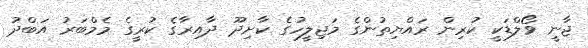
ޖާނީ ވޯލްޑަކީ ކުރިން ރައްޔިތުންގެ މަޖިލީހުގެ ކާށިދޫ ދާއިރާގެ ކުރީގެ މެމްބަރު އަބްދު